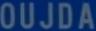
OUJDA